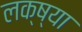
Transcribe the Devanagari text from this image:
लक्ष्‍या